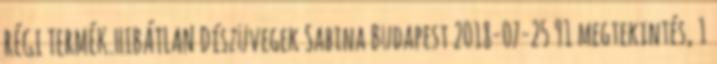
RÉGI TERMÉK.HIBÁTLAN Díszüvegek Sabina Budapest 2018-07-25 91 megtekintés, 1